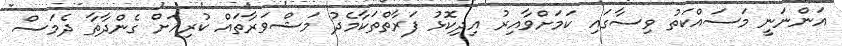
އަންނަނީ މަސައްކަތު ވިސާގައި ކަމަށްވާއިރު އިދިކޮޅު ފަރާތްތަކާމެދު މަޝްވަރާތައް ކުރިއަށް ގެންދާތާ ދެމަސް